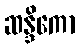
ဆန္ဒိကော